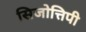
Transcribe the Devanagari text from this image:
सिजोत्तिपी